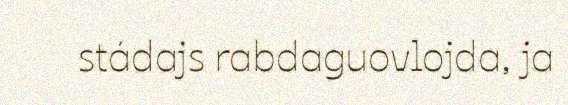
stádajs rabdaguovlojda, ja